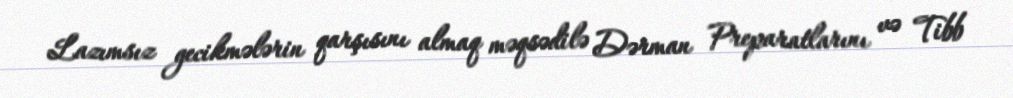
Lazımsız gecikmələrin qarşısını almaq məqsədilə Dərman Preparatlarını və Tibb